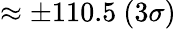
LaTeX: \approx\pm 110.5\ (3\sigma)